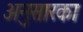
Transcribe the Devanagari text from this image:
अनुसारका